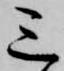
三